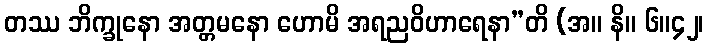
တဿ ဘိက္ခုနော အတ္တမနော ဟောမိ အရညဝိဟာရေနာ”တိ (အ။ နိ။ ၆။၄၂၊